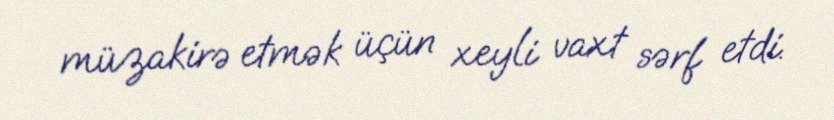
müzakirə etmək üçün xeyli vaxt sərf etdi.